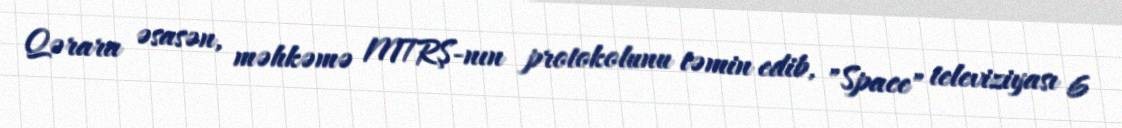
Qərara əsasən, məhkəmə MTRŞ-nın protokolunu təmin edib, "Space" televiziyası 6